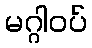
မဂ္ဂါဝပ်